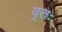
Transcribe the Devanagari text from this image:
व्रतः